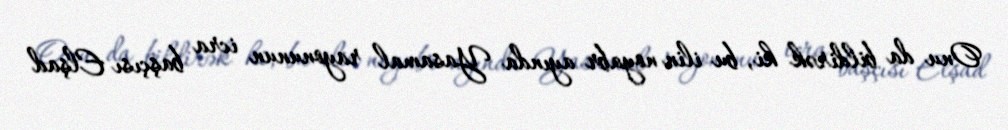
Onu da bildirək ki, bu ilin noyabr ayında Yasamal rayonunun icra başçısı Elşad